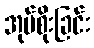
အုပ်စိုးခြင်း